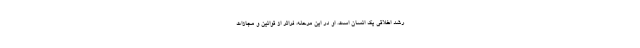
رشد اخلاقی یک انسان است. او در این مرحله، فراتر از قوانین و مجازات